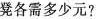
凳各需多少元?